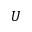
\boldsymbol { U }